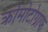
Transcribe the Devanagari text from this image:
क्रोमोटोग्राफ